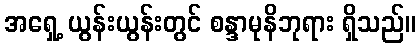
အရှေ့ ယွန်းယွန်းတွင် စန္ဒာမုနိဘုရား ရှိသည်။